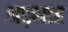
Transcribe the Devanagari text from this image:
अड़भार